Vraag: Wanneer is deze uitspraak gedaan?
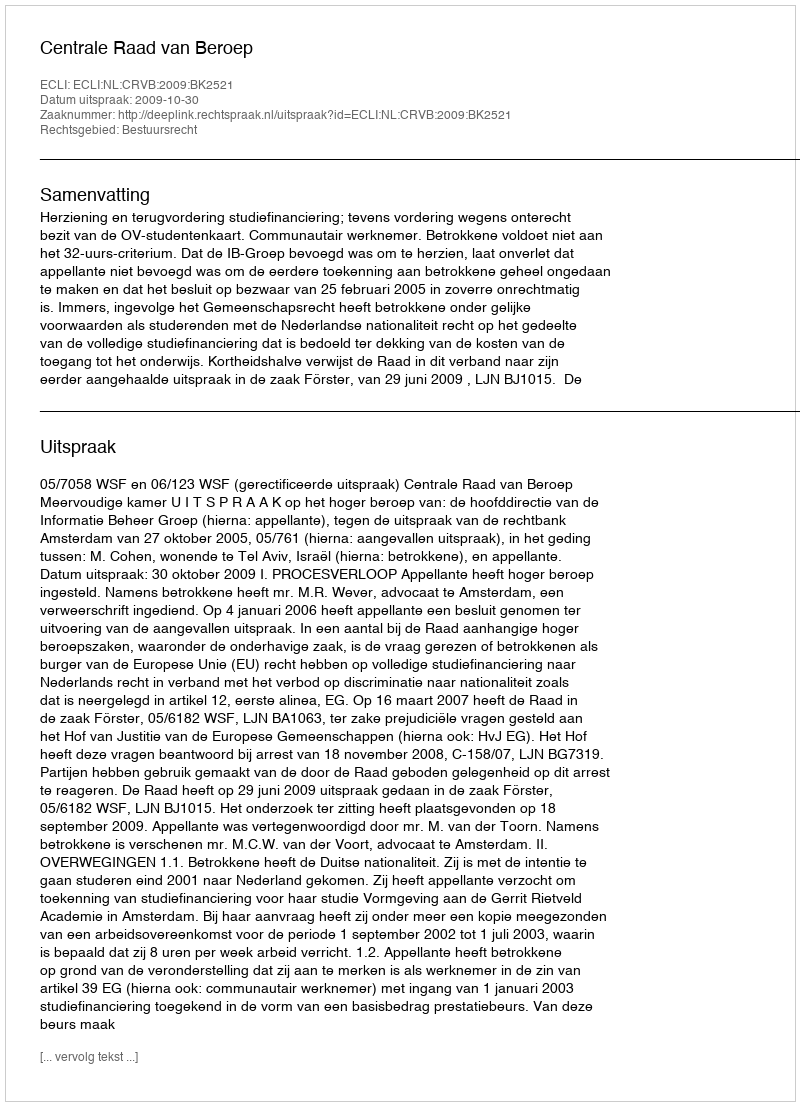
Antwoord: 2009-10-30